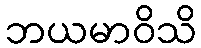
ဘယမာဝိသိ